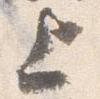
上